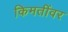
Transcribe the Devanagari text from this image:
किमतींवर